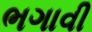
ભગાવી